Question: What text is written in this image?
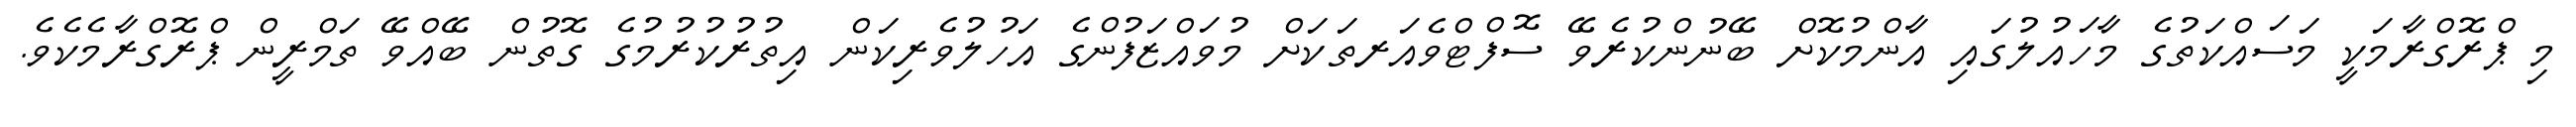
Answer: މި ޕްރޮގްރާމަކީ މަސައްކަތުގެ މާހައުލުގައި އާންމުކޮށް ބޭނުންކުރެވޭ ސޮފްޓްވެއަރތަކަށް މުވައްޒަފުންގެ އަހުލުވެރިކަން އިތުރުކުރުމުގެ ގޮތުން ބޭއްވޭ ތަމްރީން ޕްރޮގްރާމެކެވެ.